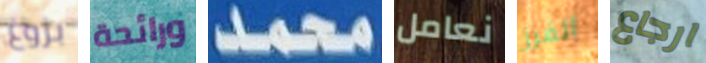
بزوغ ورائحة محمد نعامل الفرز ارجاع